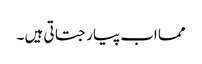
مما اب پیار جتاتی ہیں ۔